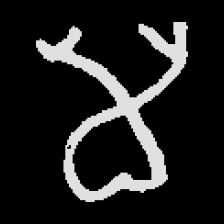
Pyu character \u2014 Myanmar letter: မ (romanized: ma)